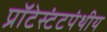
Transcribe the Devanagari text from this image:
प्रॉटेस्टंटपंथीय